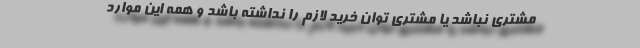
مشتری نباشد یا مشتری توان خرید لازم را نداشته باشد و همه این موارد